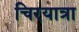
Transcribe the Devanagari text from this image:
चिरयात्रा